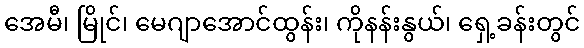
အေမီ၊ မြိုင်၊ မေဂျာအောင်ထွန်း၊ ကိုနန်းနွယ်၊ ရှေ့ခန်းတွင်